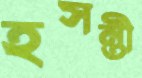
হসন্তী